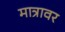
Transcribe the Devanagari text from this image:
मात्रावर